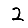
Digit: 2